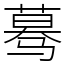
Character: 蓦